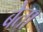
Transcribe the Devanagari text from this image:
बेता